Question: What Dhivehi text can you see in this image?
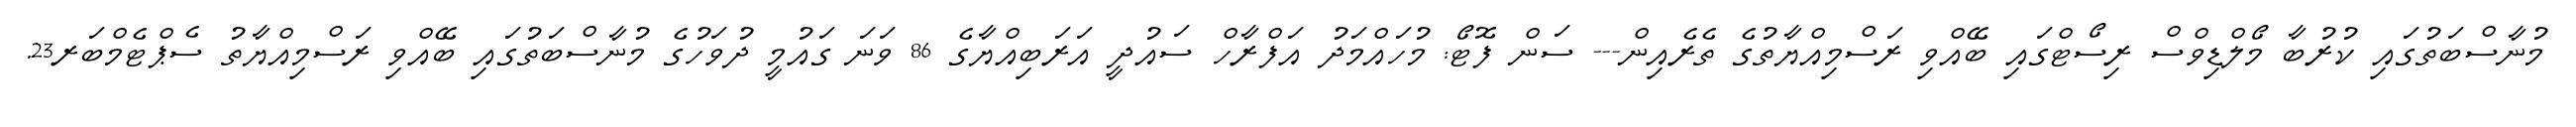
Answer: މުނާސްބަތުގައި ކުރުބާ މޯލްޑިވްސް ރިސޯޓްގައި ބޭއްވި ރަސްމިއްޔާތުގެ ތެރެއިން--- ސަން ފޮޓޯ: މުހައްމަދު އަފްރާހް ސައުދީ އަރަބިއްޔާގެ 86 ވަނަ ގައުމީ ދުވަހުގެ މުނާސްބަތުގައި ބޭއްވި ރަސްމިއްޔާތު ސެޕްޓެމްބަރ23.